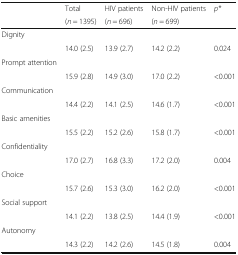
| <ROWSPAN=2>  | Total | HIV patients | Non-HIV patients | <ROWSPAN=2> p* |
 | (n = 1395) | (n = 696) | (n = 699) |
 | --- | --- | --- | --- | --- |
 | Dignity |  |  |  |  |
 |  | 14.0 (2.5) | 13.9 (2.7) | 14.2 (2.2) | 0.024 |
 | Prompt attention |  |  |  |  |
 |  | 15.9 (2.8) | 14.9 (3.0) | 17.0 (2.2) | <0.001 |
 | <COLSPAN=5> Communication |
 |  | 14.4 (2.2) | 14.1 (2.5) | 14.6 (1.7) | <0.001 |
 | <COLSPAN=5> Basic amenities |
 |  | 15.5 (2.2) | 15.2 (2.6) | 15.8 (1.7) | <0.001 |
 | <COLSPAN=5> Confidentiality |
 |  | 17.0 (2.7) | 16.8 (3.3) | 17.2 (2.0) | 0.004 |
 | <COLSPAN=5> Choice |
 |  | 15.7 (2.6) | 15.3 (3.0) | 16.2 (2.0) | <0.001 |
 | <COLSPAN=5> Social support |
 |  | 14.1 (2.2) | 13.8 (2.5) | 14.4 (1.9) | <0.001 |
 | <COLSPAN=5> Autonomy |
 |  | 14.3 (2.2) | 14.2 (2.6) | 14.5 (1.8) | 0.004 |